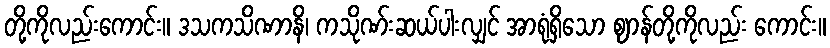
တို့ကိုလည်းကောင်း။ ဒသကသိဏာနိ၊ ကသိုဏ်းဆယ်ပါးလျှင် အာရုံရှိသော ဈာန်တို့ကိုလည်း ကောင်း။